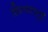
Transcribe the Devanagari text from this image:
शिल्पवस्तुएँ